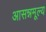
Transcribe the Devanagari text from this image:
आसन्नमूल्य